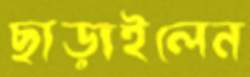
ছাড়াইলেন